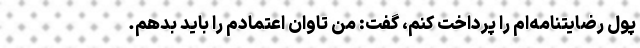
پول رضایتنامه‌ام را پرداخت کنم، گفت: من تاوان اعتمادم را باید بدهم.